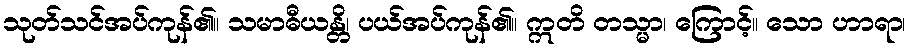
သုတ်သင်အပ်ကုန်၏။ သမာဓီယန္တိ၊ ပယ်အပ်ကုန်၏။ ဣတိ တသ္မာ၊ ကြောင့်။ သော ဟာရာ၊